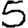
Digit: 5